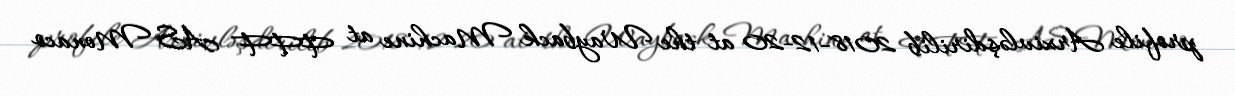
profile Arxivləşdirilib 2018-12-20 at the Wayback Machine at FFF AS Monaco